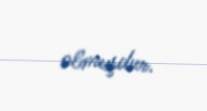
olmuşdur.